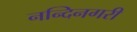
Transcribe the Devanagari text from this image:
नन्दिनगरी